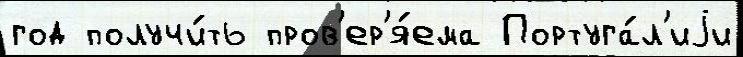
год получи́ть пров'ер'я́ема Португа́л'иjи